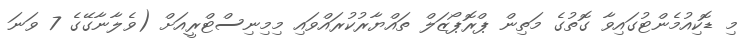
މި ޑޮކިއުމެންޓުގައިވާ ގޮތުގެ މަތިން ޕްރޮޕޯޒަލް ތައްޔާރުކުރައްވައި މިމިނިސްޓްރީއަށް (ވެލާނާގޭގެ 7 ވަނަ